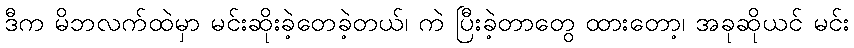
ဒီက မိဘလက်ထဲမှာ မင်းဆိုးခဲ့တေခဲ့တယ်၊ ကဲ ပြီးခဲ့တာတွေ ထားတော့၊ အခုဆိုယင် မင်း